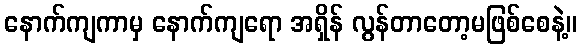
နောက်ကျကာမှ နောက်ကျရော အရှိန် လွန်တာတော့မဖြစ်စေနဲ့။